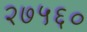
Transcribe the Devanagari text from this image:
२७५६०